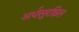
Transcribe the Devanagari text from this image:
अर्धसुरक्षित